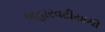
બહારવટીયાથી